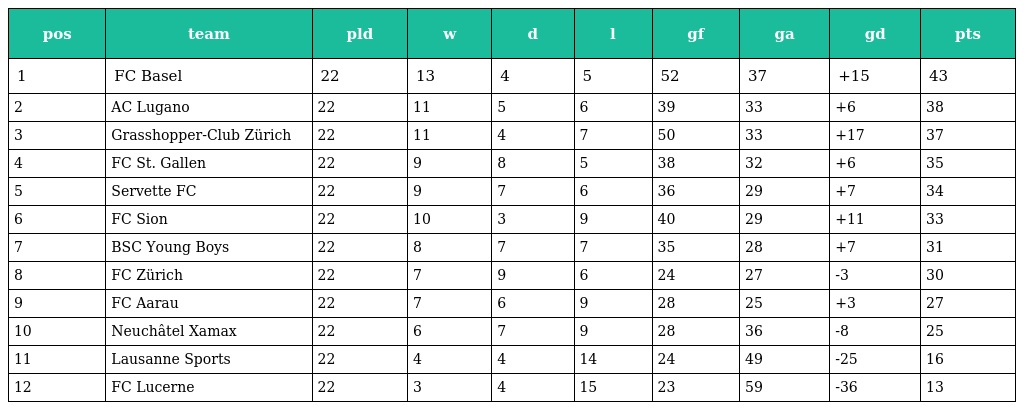
| pos | team | pld | w | d | l | gf | ga | gd | pts |
 | --- | --- | --- | --- | --- | --- | --- | --- | --- | --- |
 | 1 | FC Basel | 22 | 13 | 4 | 5 | 52 | 37 | +15 | 43 |
 | 2 | AC Lugano | 22 | 11 | 5 | 6 | 39 | 33 | +6 | 38 |
 | 3 | Grasshopper-Club Zürich | 22 | 11 | 4 | 7 | 50 | 33 | +17 | 37 |
 | 4 | FC St. Gallen | 22 | 9 | 8 | 5 | 38 | 32 | +6 | 35 |
 | 5 | Servette FC | 22 | 9 | 7 | 6 | 36 | 29 | +7 | 34 |
 | 6 | FC Sion | 22 | 10 | 3 | 9 | 40 | 29 | +11 | 33 |
 | 7 | BSC Young Boys | 22 | 8 | 7 | 7 | 35 | 28 | +7 | 31 |
 | 8 | FC Zürich | 22 | 7 | 9 | 6 | 24 | 27 | -3 | 30 |
 | 9 | FC Aarau | 22 | 7 | 6 | 9 | 28 | 25 | +3 | 27 |
 | 10 | Neuchâtel Xamax | 22 | 6 | 7 | 9 | 28 | 36 | -8 | 25 |
 | 11 | Lausanne Sports | 22 | 4 | 4 | 14 | 24 | 49 | -25 | 16 |
 | 12 | FC Lucerne | 22 | 3 | 4 | 15 | 23 | 59 | -36 | 13 |